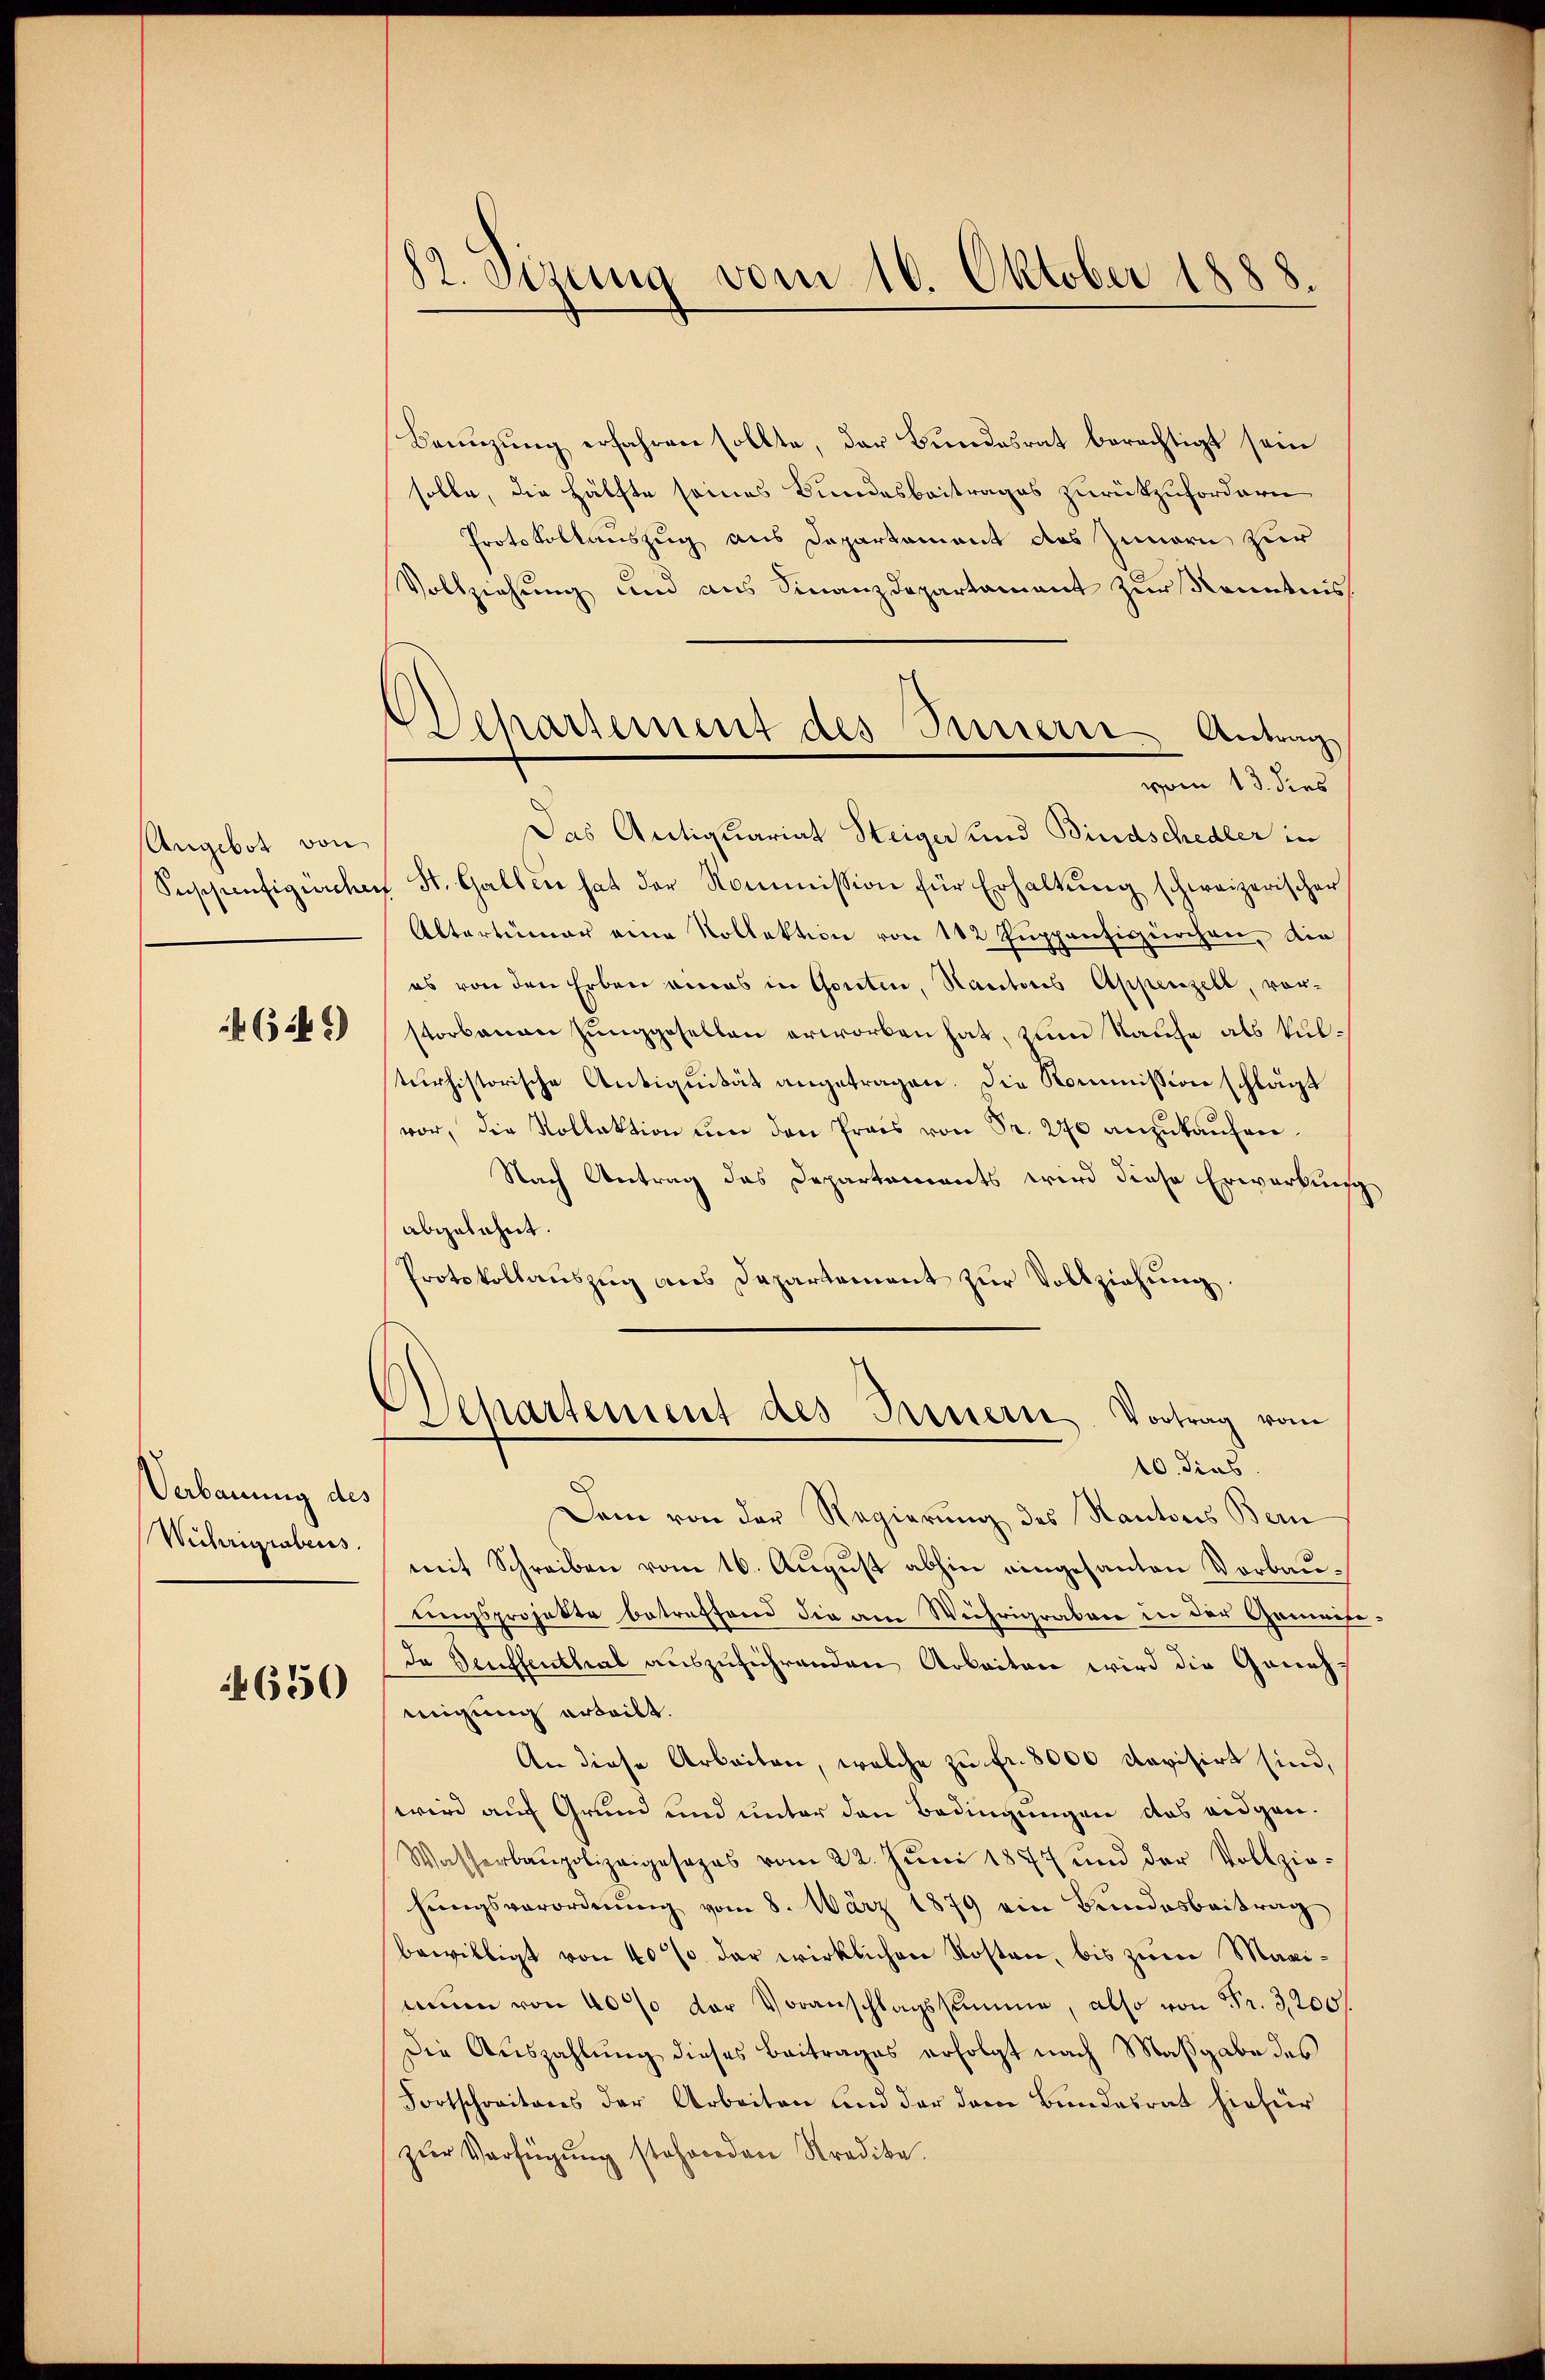
Angebot von

649)

Verbauung des
Wührigrabens.

4650

12. Sizung vom 16. Oktober 1888.

Departement des Innern Antrag

Bannzung erfahren sollte, der Bundesrat berechtigt sein
solle, die Hälfte seines Bundesbeitrages zurückzufordern
Protokollauszug aus Departament des Zunern zur
Vollziehung und aus Finanzdepartament zur Kenntnis
vom 13. dies
Das Antiquariat Steiger und Bindschedler in
Seschiesigenten St. Gallen hat der Kommission für Erhaltung schweizerischer
Altertümer eine Kollektion von 112 Puppenfigürchen, die
es von den Erben eines in Gonten, Hautoris Appenzell, vor-
storbenen Junggeselben erworben hat, zum Raufe als kulturhistorische Antiquität angetragen. Die Kommission schlägt
vor, die Kollektion um den Prais von Fr. 270 anzukaufen.
Nach Antrag des Departements wird diese Erwerbung
abgelehnt.
Protokollauszug aus Departement zur Vollziehung.
Departement des Innern Vortrag vom
10. dies
Dem von der Regierung des Kantons Bern
mit Schreiben vom 16. August abhin eingesanten Vorbauungsprojekte betreffend die am Währigraben in der Gemeise
Da Seuffenthal auszuführenden Arbeiten wird die Genehnigung erteilt.
An diese Arbeiten, welche zu fr. 8000 Ravisirt sind,
wird auf Grund und unter den Bedingungen des eidgen.
Wasserbaupolizeigesages vom 22. Jŭni 1877 und der Vollzie-
hungsverordnŭng vom 8. März 1879 ein Bundesbeitrag
bewilligt von 40% der wirklichen Kosten, bis zum Magimŭm von 40% der Voranschlagssumme, also von Fr. 3200.
Die Auszahlung dieses Beitrages erfolgt nach Maßgabe des
Fortschreitens der Arbeiten und der dem Bundesrat hiefür
zur Verfügung stehrorden Kredite.